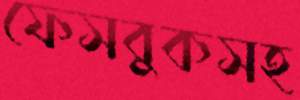
ফেসবুকসহ